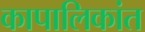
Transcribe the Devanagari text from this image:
कापालिकांत